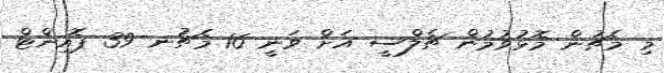
މި މެޗުން މޮޅުވުމުން ޗެލްސީ އަށް ވަނީ 16 މެޗުނ 39 ޕޮއިންޓް